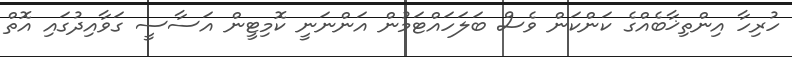
ހުރިހާ އިންތިޚާބެއްގެ ކަންކަން ވެސް ބަލަހައްޓަމުން އަންނަނީ ކޮމިޓީން އަސާސީ ގަވާއިދުގައި އޮތް